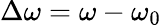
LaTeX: \Delta\omega=\omega-\omega_{0}